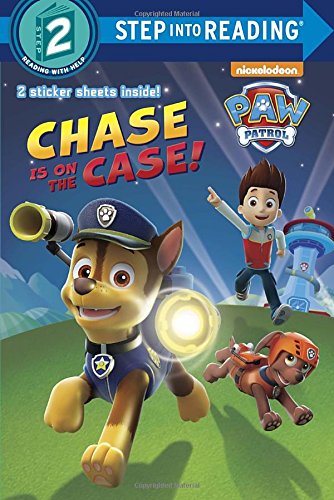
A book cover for Chase is on the Case! (Paw Patrol) (Step into Reading); Random House; Children's Books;